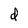
Character: d